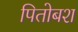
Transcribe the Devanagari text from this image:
पितोबश